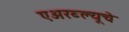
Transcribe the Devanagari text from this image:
एअरब्ल्यूचे